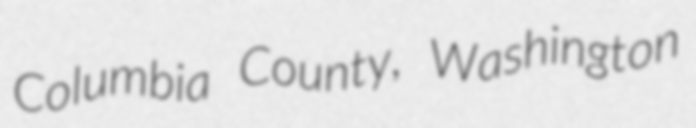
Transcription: Columbia County, Washington